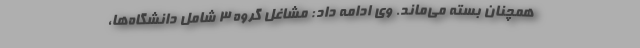
همچنان بسته می‌ماند. وی ادامه داد: مشاغل گروه ٣ شامل دانشگاه‌ها،